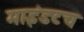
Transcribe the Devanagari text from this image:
माइंडटच